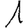
Digit: 1